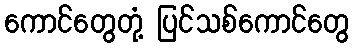
ကောင်တွေတုံ့ ပြင်သစ်ကောင်တွေ